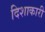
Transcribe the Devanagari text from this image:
दिशाकारी